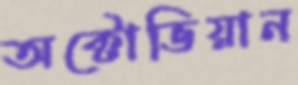
অক্টোভিয়ান